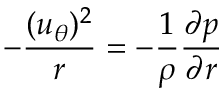
- \frac { ( u _ { \theta } ) ^ { 2 } } { r } = - \frac { 1 } { \rho } \frac { \partial p } { \partial r }